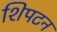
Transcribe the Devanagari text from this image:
शिपटन